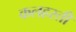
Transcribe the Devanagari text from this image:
कलहस्ती